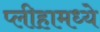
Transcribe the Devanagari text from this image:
प्लीहामध्ये